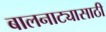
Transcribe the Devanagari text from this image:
बालनाट्यासाठी